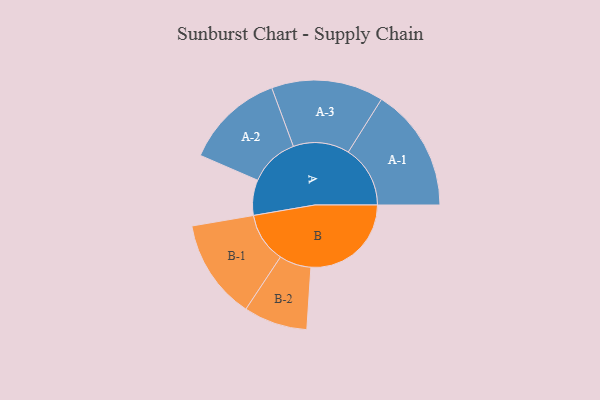
{"axis": {"x": "Segment", "y": "Value"}, "legend": ["", "A", "B"], "data": [{"x": "A", "y": 152, "type": ""}, {"x": "B", "y": 431, "type": ""}, {"x": "A-1", "y": 266, "type": "A"}, {"x": "A-2", "y": 213, "type": "A"}, {"x": "A-3", "y": 241, "type": "A"}, {"x": "B-1", "y": 215, "type": "B"}, {"x": "B-2", "y": 137, "type": "B"}]}